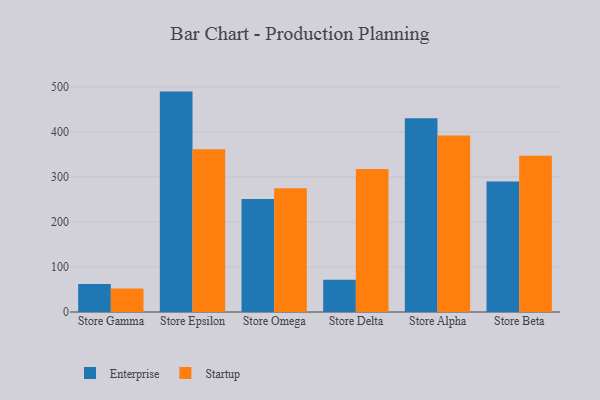
{"axis": {"x": "Store", "y": "Waste Production (Tons)"}, "legend": ["Enterprise", "Startup"], "data": [{"x": "Store Gamma", "y": 62.3, "type": "Enterprise"}, {"x": "Store Gamma", "y": 52.2, "type": "Startup"}, {"x": "Store Epsilon", "y": 489.7, "type": "Enterprise"}, {"x": "Store Epsilon", "y": 361.4, "type": "Startup"}, {"x": "Store Omega", "y": 251.0, "type": "Enterprise"}, {"x": "Store Omega", "y": 275.0, "type": "Startup"}, {"x": "Store Delta", "y": 71.7, "type": "Enterprise"}, {"x": "Store Delta", "y": 317.7, "type": "Startup"}, {"x": "Store Alpha", "y": 430.6, "type": "Enterprise"}, {"x": "Store Alpha", "y": 392.2, "type": "Startup"}, {"x": "Store Beta", "y": 289.9, "type": "Enterprise"}, {"x": "Store Beta", "y": 346.9, "type": "Startup"}]}